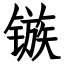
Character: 镞